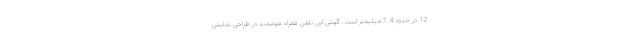
12 در حدود 7.4 میلیمتر است. گوشی این تلفن همراه هوشمند در طراحی نمایش